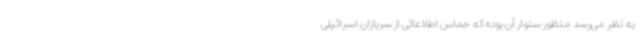
به نظر می‌رسد منظور سنوار آن بوده که حماس اطلاعاتی از سربازان اسرائیلی